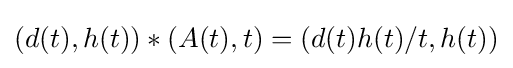
(d(t),h(t))*(A(t),t)=(d(t)h(t)/t,h(t))